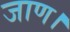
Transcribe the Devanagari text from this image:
जाण।